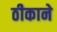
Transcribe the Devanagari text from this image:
ठीकाने